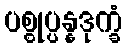
ပစ္စုပ္ပန္နဒုက္ခံ